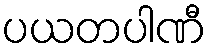
ပယတပါဏီ